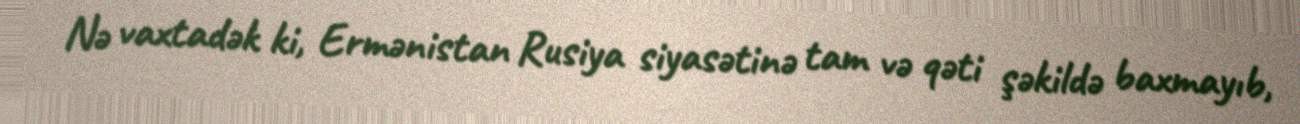
Nə vaxtadək ki, Ermənistan Rusiya siyasətinə tam və qəti şəkildə baxmayıb,